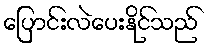
ပြောင်းလဲပေးနိုင်သည်